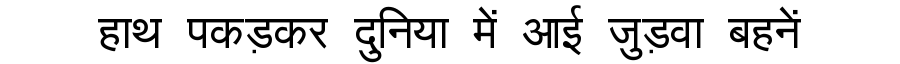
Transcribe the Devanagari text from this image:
हाथ पकड़कर दुनिया में आई जुड़वा बहनें